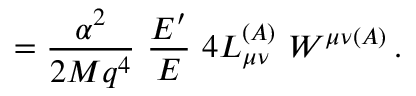
= { \frac { \alpha ^ { 2 } } { 2 M q ^ { 4 } } } ~ { \frac { E ^ { \prime } } { E } } ~ 4 L _ { \mu \nu } ^ { ( A ) } ~ W ^ { \mu \nu ( A ) } \, .